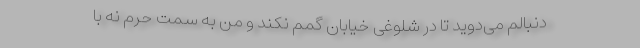
دنبالم می‌دوید تا در شلوغی خیابان گمم نکند و من به سمت حرم نه با